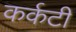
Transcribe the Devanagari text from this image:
कर्कटी